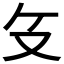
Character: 𰆰